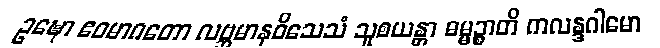
ဥဍ္ဎော ဧဝမာဂတော လဗ္ဘမာနဝိသေသံ သူစယန္တာ ဓမ္မဉ္စာတိ ကလန္ဒဂါမော